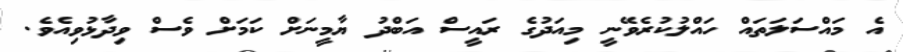
އެ މައްސަލަތައް ހައްލުކުރެވޭނީ މިއަދުގެ ރައީސް އަބްދު ޔާމީނަށް ކަމަށް ވެސް ވިދާޅުވިއެވެ.